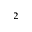
^ 2